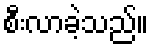
စီးလာခဲ့သည်။